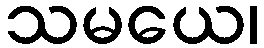
သမယေ၊